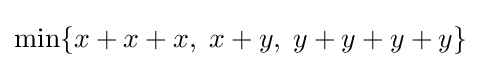
\min\{x+x+x,\;x+y,\;y+y+y+y\}